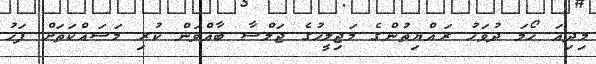
މިދިއަ ހޯމަ ދުވަހު ރައްޔިތުންގެ މަޖިލީހުގެ ޖަލްސާ ބާއްވަން ކުރި މަސައްކަތަށް ފަހު